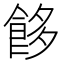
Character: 䬷